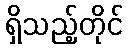
ရှိသည့်တိုင်